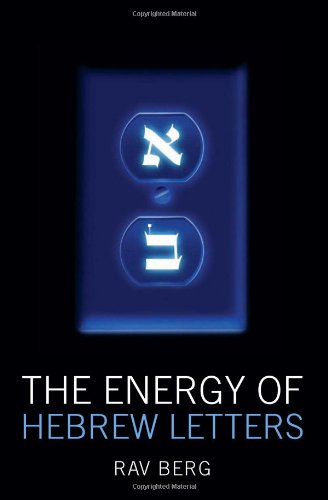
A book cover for The Energy of Hebrew Letters: The Quantum Story of the Original Alphabet; Rav P.S. Berg; Religion & Spirituality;